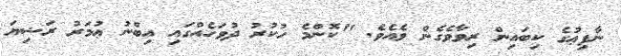
ނާފިޢުގެ ކިބައިން ރިވާވެގެން ވެއެވެ. "ކޮންމެ ހުކުރު ދުވަހެއްގައި އިބްނު ޢުމަރު ރަޟިޔަ